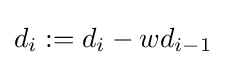
d_{i}:=d_{i}-wd_{i-1}